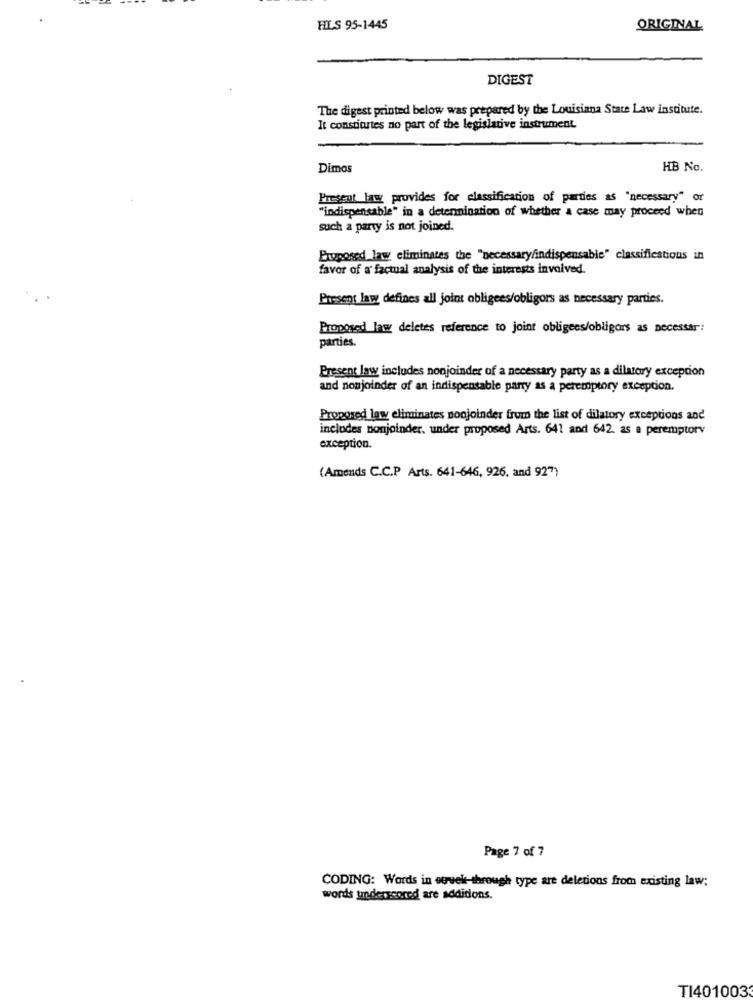
HILS 95-1445
ORIGINAL
DIGEST
The digest printed below was prepared by the Louisiana State Law institute.
It constitutes no part of the legislative instrument
Dimos
HB No.
Present law provides for classification of parties as "necessary" or
"indispensable" in a determination of whether a case may proceed when
such a party is not joined.
Exposed law eliminates the "necessary/indispensable" classifications in
favor of a factual analysis of the interests involved.
Present law defines all joint obligees/obligors as necessary parties.
Proposed law deletes reference to joint obligees/obligors as necessar:
parties.
Present law includes nonjoinder of a necessary party as a dilatorry exception
and nonjoinder of an indispensable parry as a peremptory exception.
Proposed law eliminates nonjoinder frum the list of dilatory exceptions and
includes nonjoinder. under proposed Arts. 641 and 642. as a peremptorv
exception.
(Amends C.C.P Arts. 641-646, 926, and 927)
Page 7 of 7
CODING: Words in etvel-through type are deletions from existing law:
words underscored are additions.
TI4010033